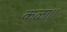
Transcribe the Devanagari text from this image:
कळा।।